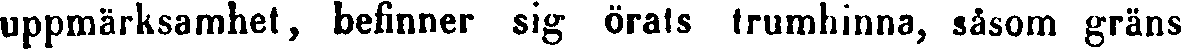
uppmärksamhet, befinner sig örats trumhinna, såsom gräns